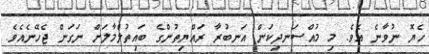
ހެޔޮ ނުވާނެ އެވެ. މި މުއްސަނދިކަން އަނބުރާ ރައްޔިތުންގެ ބައިތުލްމާލަށް ނަގަން ޖެހޭނެއެވެ.